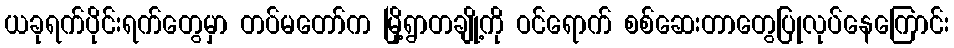
ယခုရက်ပိုင်းရက်တွေမှာ တပ်မတော်က မြို့ရွာတချို့ကို ဝင်ရောက် စစ်ဆေးတာတွေပြုလုပ်နေကြောင်း